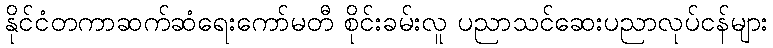
နိုင်ငံတကာဆက်ဆံရေးကော်မတီ စိုင်းခမ်းလူ ပညာသင်ဆေးပညာလုပ်ငန်များ